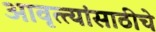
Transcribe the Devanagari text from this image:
आवृत्त्यांसाठीचे